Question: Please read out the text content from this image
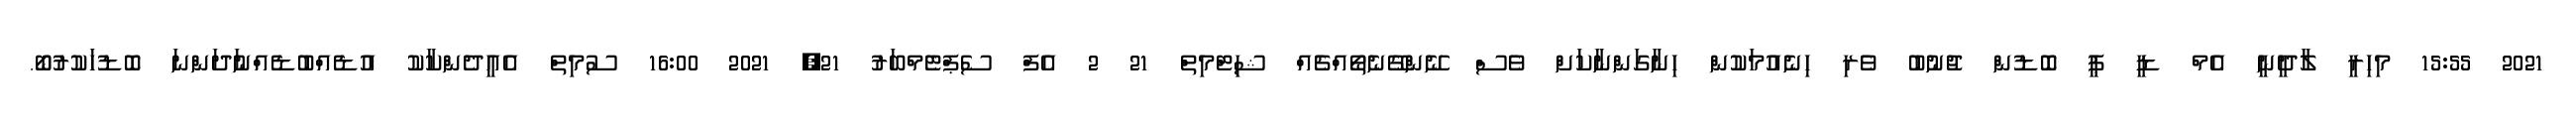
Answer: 2021 15:55 މިހިރީ ލާދީނީ އެމް ޑީ ޕީ ބޮޑުން ޖުނުބު ވެރި ހިނެއުމަކުން ހިނާގަންނާކަށް ވެސް ނޭންގޭނެތޯއްޗެއް ޝިޓްމިތް 21 2 އެފް ސެޕްޓެމްބަރު 21, 2021 16:00 ސުމިތް އެއީދެންކާކު އުޑެއްބުޑެއްނުަދަންނަ ބޮޑުހަކުރުބޯ.